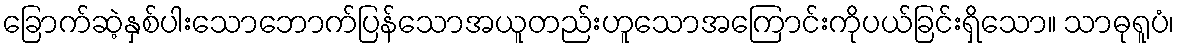
ခြောက်ဆဲ့နှစ်ပါးသောဘောက်ပြန်သောအယူတည်းဟူသောအကြောင်းကိုပယ်ခြင်းရှိသော။ သာဓုရူပံ၊